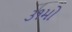
૩૧મો